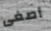
أصغى